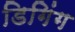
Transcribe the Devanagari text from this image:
डिगिंग